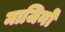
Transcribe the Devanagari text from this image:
माजिनों